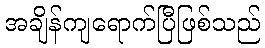
အချိန်ကျရောက်ပြီဖြစ်သည်